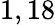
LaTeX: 1,18